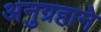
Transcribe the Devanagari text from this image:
अनुग्रहाने